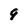
Character: 9